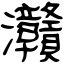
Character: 灨